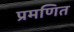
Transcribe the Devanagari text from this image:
प्रमणित